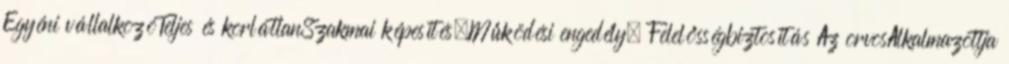
Egyéni vállalkozóTeljes és korlátlanSzakmai képesítés,Működési engedély, Felelősségbiztosítás Az orvosAlkalmazottja